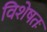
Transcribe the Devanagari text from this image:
विशेषतः